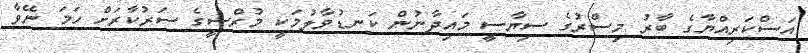
އަސްކަރިއްޔާގެ ބާރު މިސްރުގެ ސިޔާސީ މައިދާނުން ކަނޑުވާލުމަކީ މުރްސީގެ ސަރުކާރަށް ހަމަ ނޭވާ